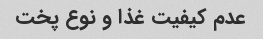
عدم کیفیت غذا و نوع پخت